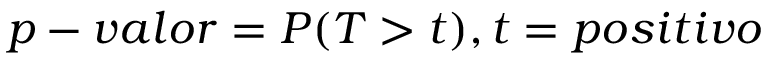
p - v a l o r = P ( T > t ) , t = p o s i t i v o